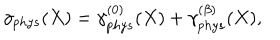
\gamma _ { p h y s } ( X ) = \gamma _ { p h y s } ^ { ( 0 ) } ( X ) + \gamma _ { p h y s } ^ { ( \beta ) } ( X ) ,